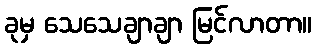
ခုမှ သေသေချာချာ မြင်လာတာ။